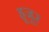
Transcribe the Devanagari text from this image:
हूजूर